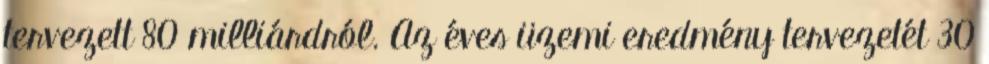
tervezett 80 milliárdról. Az éves üzemi eredmény tervezetét 30